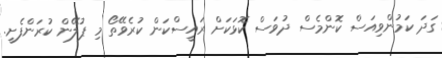
ގަދަ ކަމުންވިއަސް ކޮންމެސް ދުވަސް ކޮޅަކަށް ރައީސްކަން ކުރެވޭތޯ މި ޕުލޭން ކުރަންފެށީ.